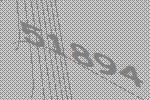
51894